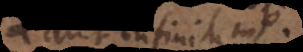
aut infinitum,